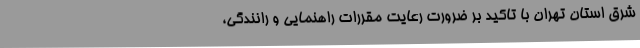
شرق استان تهران با تاکید بر ضرورت رعایت مقررات راهنمایی و رانندگی،